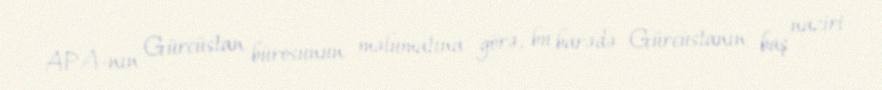
APA-nın Gürcüstan bürosunun məlumatına görə, bu barədə Gürcüstanın baş naziri